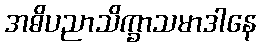
အဓိပညာသိက္ခာသမာဒါနေ